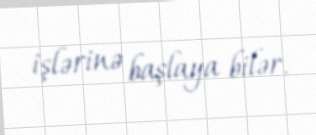
işlərinə başlaya bilər.